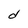
Character: d